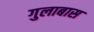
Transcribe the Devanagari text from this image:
गुलाबास